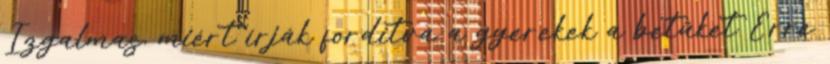
Izgalmas, miért írják fordítva a gyerekek a betűket Erre